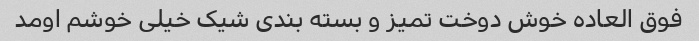
فوق العاده خوش دوخت تمیز و بسته بندی شیک خیلی خوشم اومد